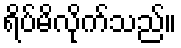
ရိပ်မိလိုက်သည်။